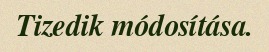
Tizedik módosítása.